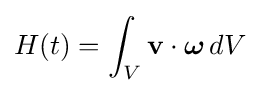
H(t)=\int _{V}\mathbf {v} \cdot {\boldsymbol {\omega }}\,dV